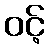
ဝင့်